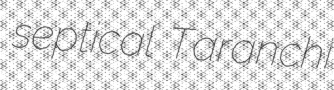
septical Taranchi